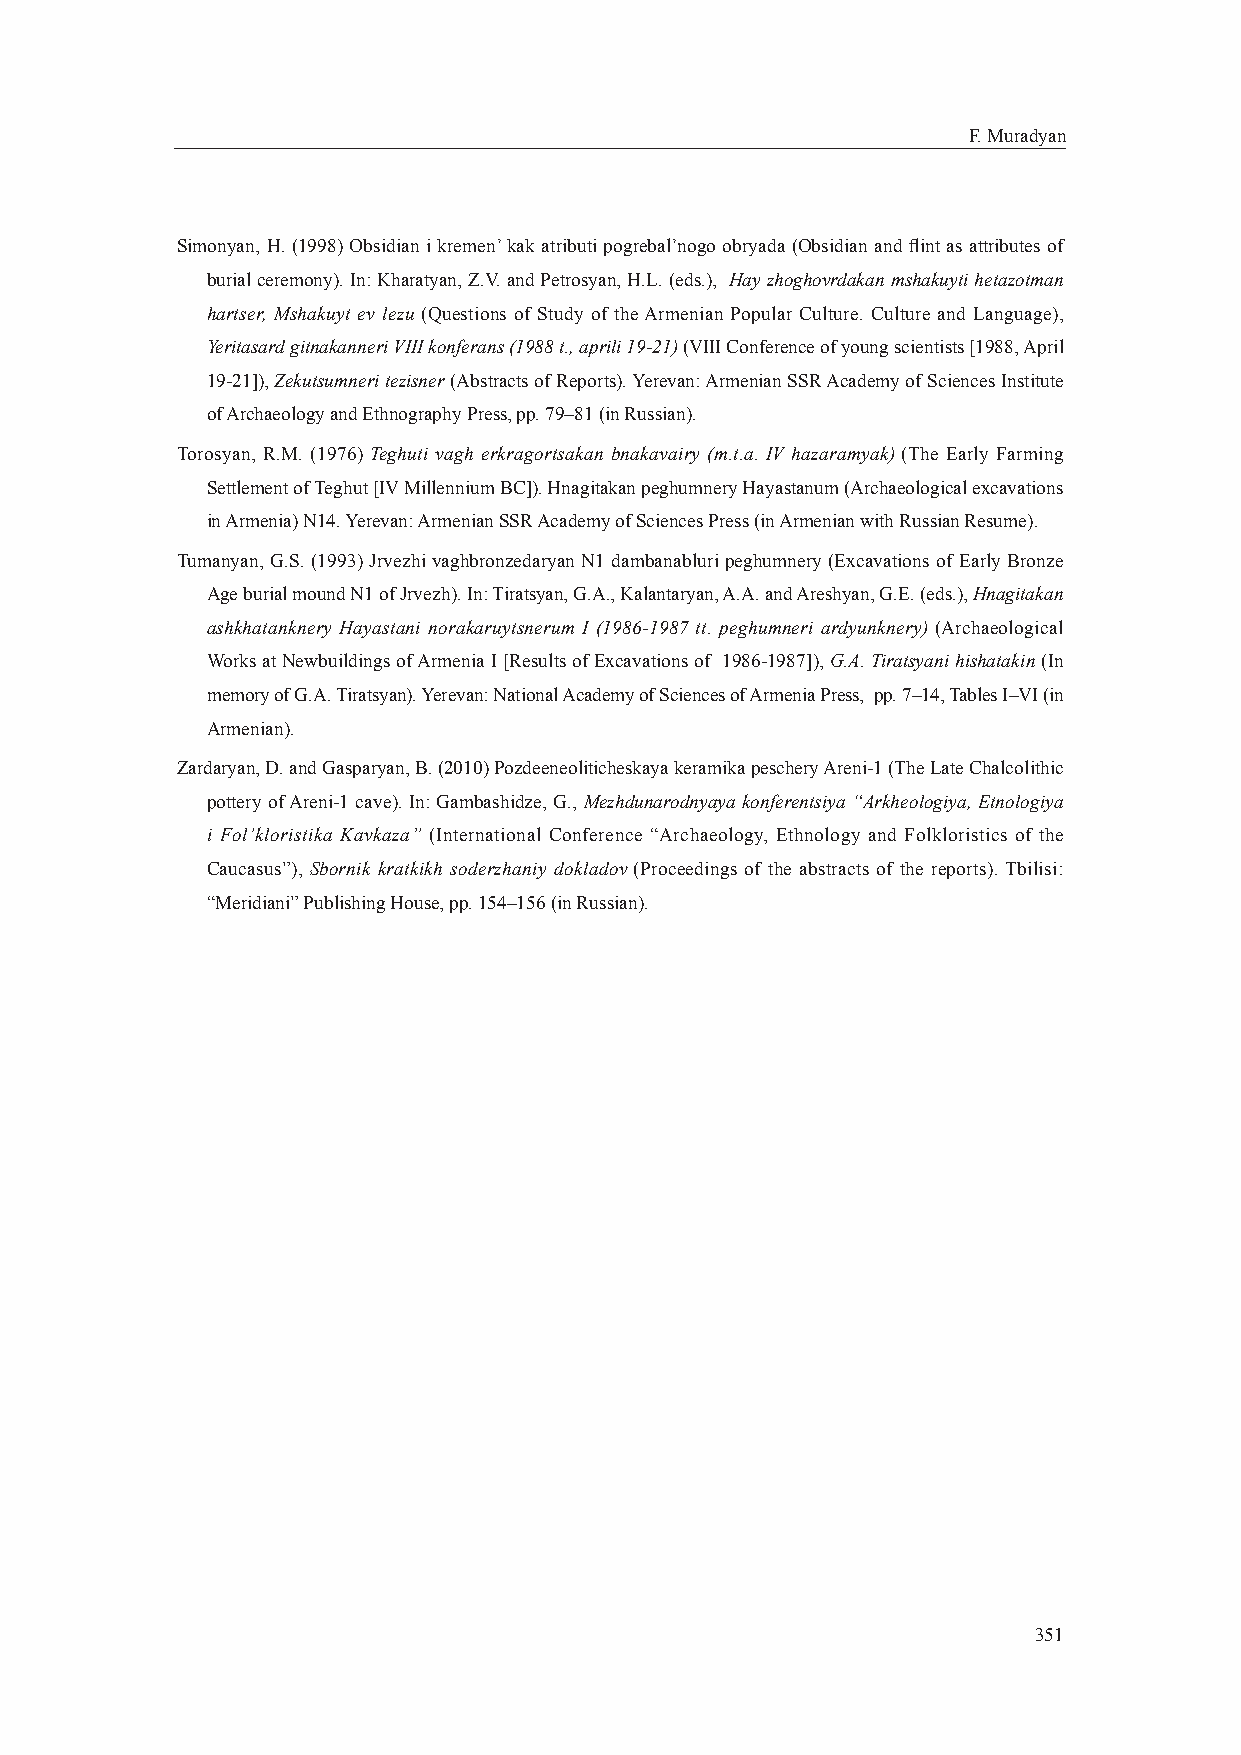
F. Muradyan
 Simonyan, H. (1998) Obsidian i kremen’ kak atributi pogrebal’nogo obryada (Obsidian and fl int as attributes of
 burial ceremony). In: Kharatyan, Z.V. and Petrosyan, H.L. (eds.), Hay zhoghovrdakan mshakuyti hetazotman
 hartser, Mshakuyt ev lezu (Questions of Study of the Armenian Popular Culture. Culture and Language),
 Yeritasard gitnakanneri VIII konferans (1988 t., aprili 19-21) (VIII Conference of young scientists [1988, April
 19-21]), Zekutsumneri tezisner (Abstracts of Reports). Yerevan: Armenian SSR Academy of Sciences Institute
 of Archaeology and Ethnography Press, pp. 79–81 (in Russian).
 Torosyan, R.M. (1976) Teghuti vagh erkragortsakan bnakavairy (m.t.a. IV hazaramyak) (The Early Farming
 Settlement of Teghut [IV Millennium BC]). Hnagitakan peghumnery Hayastanum (Archaeological excavations
 in Armenia) N14. Yerevan: Armenian SSR Academy of Sciences Press (in Armenian with Russian Resume).
 Tumanyan, G.S. (1993) Jrvezhi vaghbronzedaryan N1 dambanabluri peghumnery (Excavations of Early Bronze
 Age burial mound N1 of Jrvezh). In: Tiratsyan, G.A., Kalantaryan, A.A. and Areshyan, G.E. (eds.), Hnagitakan
 ashkhatanknery Hayastani norakaruytsnerum I (1986-1987 tt. peghumneri ardyunknery) (Archaeological
 Works at Newbuildings of Armenia I [Results of Excavations of 1986-1987]), G.A. Tiratsyani hishatakin (In
 memory of G.A. Tiratsyan). Yerevan: National Academy of Sciences of Armenia Press, pp. 7–14, Tables I–VI (in
 Armenian).
 Zardaryan, D. and Gasparyan, B. (2010) Pozdeeneoliticheskaya keramika peschery Areni-1 (The Late Chalcolithic
 pottery of Areni-1 cave). In: Gambashidze, G., Mezhdunarodnyaya konferentsiya “Arkheologiya, Etnologiya
 i Fol’kloristika Kavkaza” (International Conference “Archaeology, Ethnology and Folkloristics of the
 Caucasus”), Sbornik kratkikh soderzhaniy dokladov (Proceedings of the abstracts of the reports). Tbilisi:
 “Meridiani” Publishing House, pp. 154–156 (in Russian).
 351